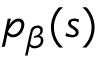
p _ { \beta } ( s )